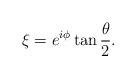
LaTeX: \begin{align*}\xi = e^{i\phi} \tan{\theta \over 2}.\end{align*}